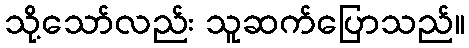
သို့သော်လည်း သူဆက်ပြောသည်။